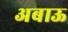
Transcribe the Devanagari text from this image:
अबाऊ